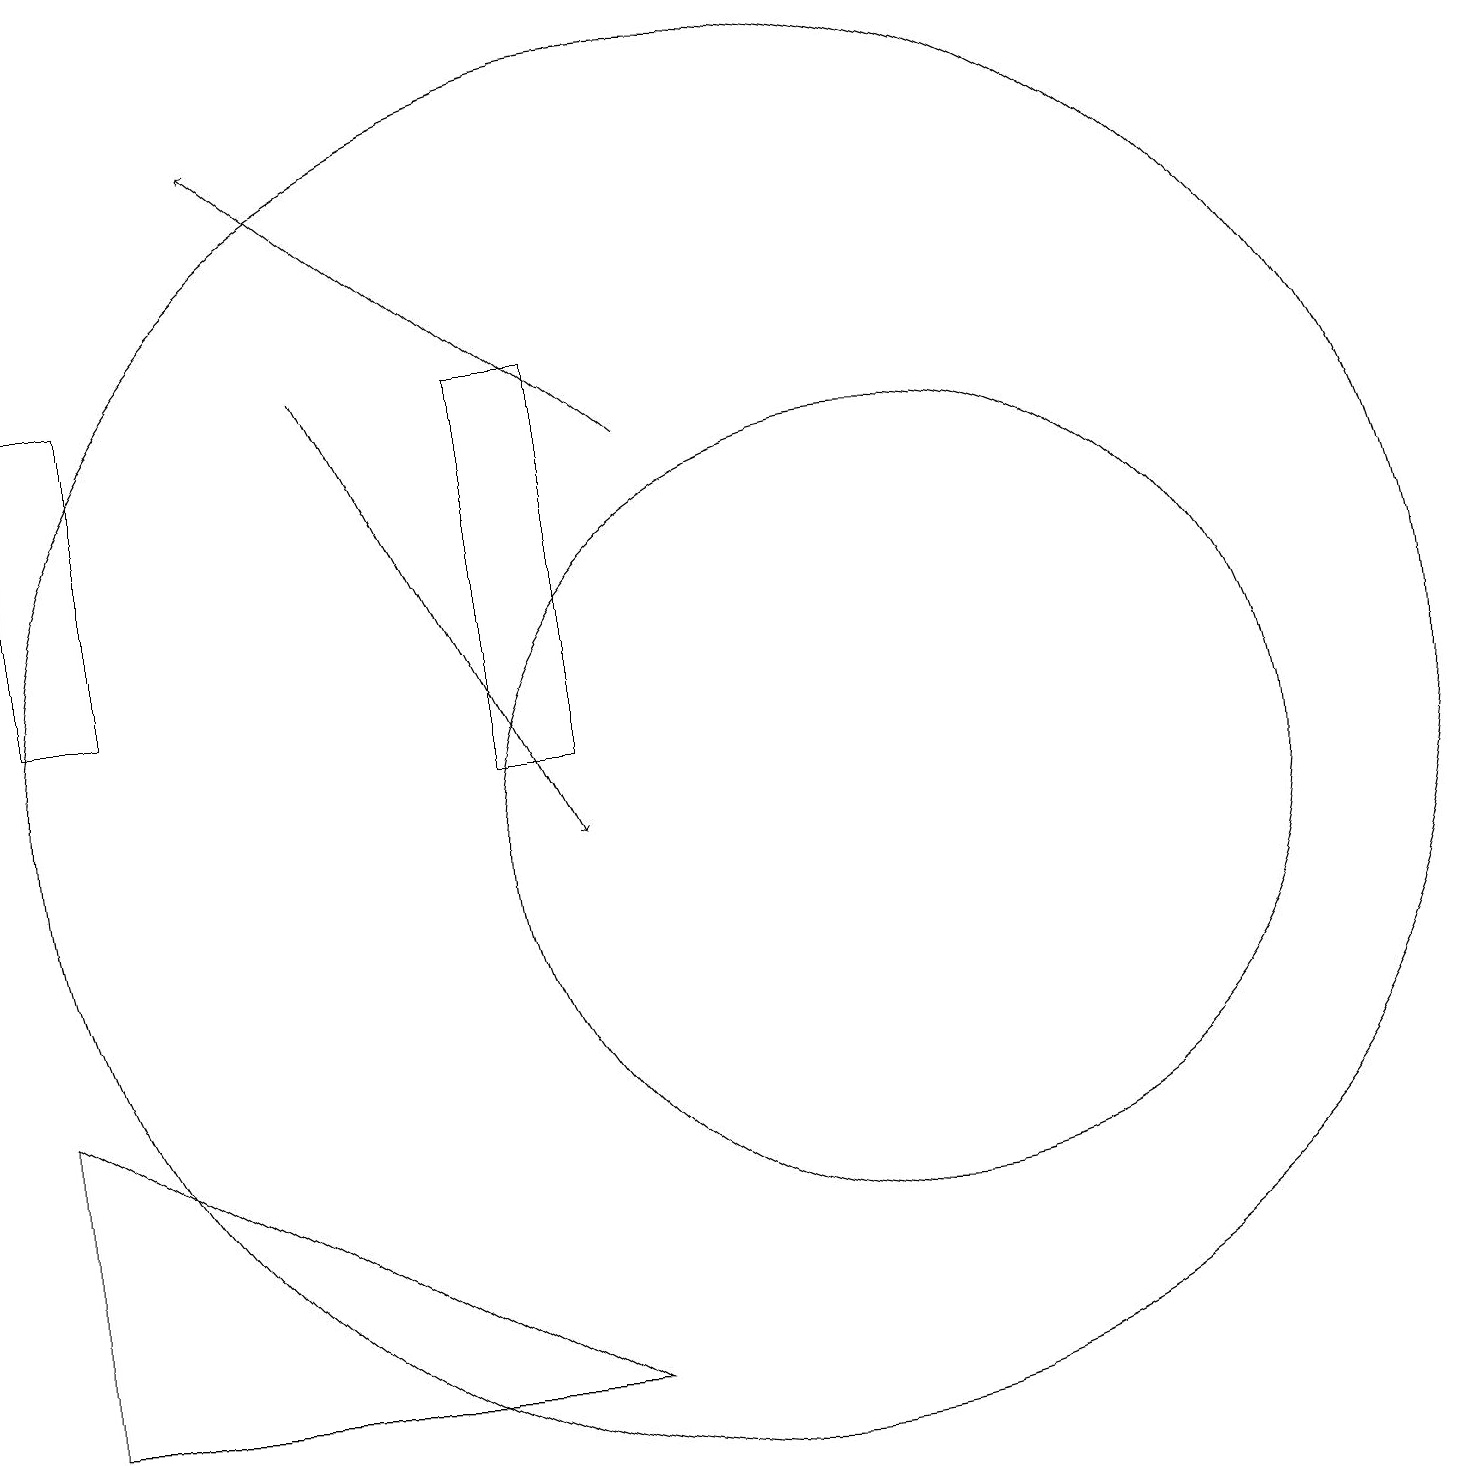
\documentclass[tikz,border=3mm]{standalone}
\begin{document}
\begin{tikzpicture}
\draw (2,16) rectangle (1,12);
\draw[->] (9,15) -- (4,19);
\draw[->] (5,16) -- (8,10);
\draw (1,3) -- (1,7) -- (8,3) -- cycle;
\draw (8,16) rectangle (7,11);
\draw (12,10) circle (5);
\draw (10,11) circle (9);
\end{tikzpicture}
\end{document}